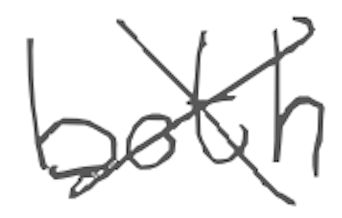
Text: both
Cross-out: cross
Writing tool: digital_gray